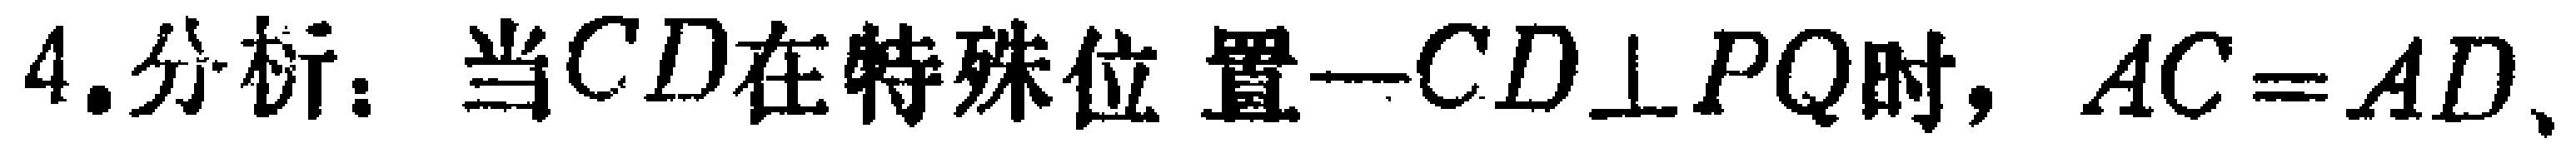
4.分析：当$CD$在特殊位置—$CD\perp PQ$时，$AC = AD$、